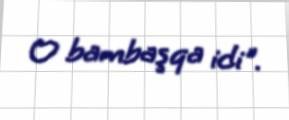
O bambaşqa idi".